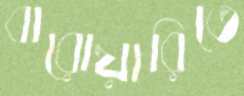
বারোয়ারিতে